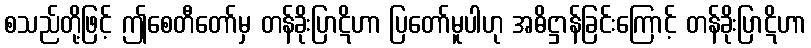
စသည်တို့ဖြင့် ဤစေတီတော်မှ တန်ခိုးပြာဋိဟာ ပြတော်မူပါဟု အဓိဋ္ဌာန်ခြင်းကြောင့် တန်ခိုးပြာဋိဟာ